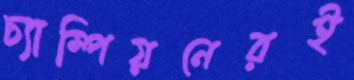
চ্যাম্পিয়নেরই